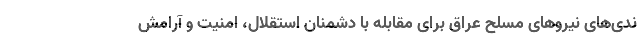
ندی‌های نیروهای مسلح عراق برای مقابله با دشمنان استقلال، امنیت و آرامش